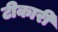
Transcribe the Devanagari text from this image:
टीकारी